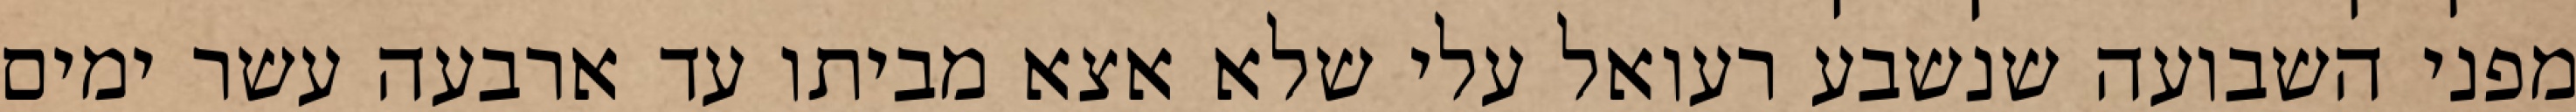
מפני השבועה שנשבע רעואל עלי שלא אצא מביתו עד ארבעה עשר ימים